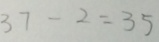
3 7 - 2 = 3 5